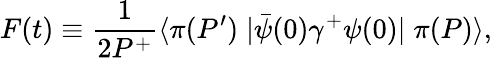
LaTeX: F(t)\equiv\frac{1}{2P^{+}}\langle\pi(P^{\prime})\; |\bar{\psi}(0)\gamma^{+}\psi(0)|\; \pi(P)\rangle,